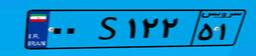
۰۰S۱۲۲۵۱